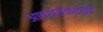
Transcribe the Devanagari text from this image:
आवश्‍यकताकी